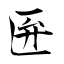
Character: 匥